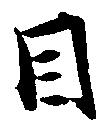
目